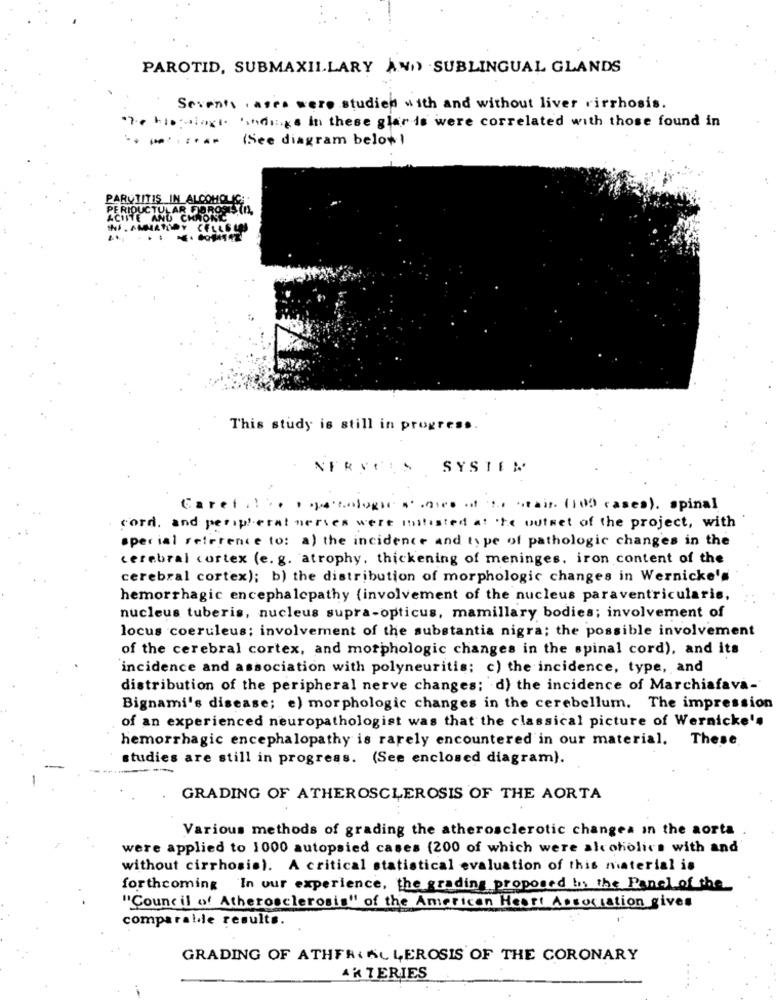
PAROTID, SUBMAXILLARY AND SUBLINGUAL GLANDS
Sevents , ases were studien with and without liver cirrhosis.
Te Kibiology Andings In these glar is were correlated with those found in
(See diagram below)
PARUTITIS IN ALCOHOLIC
PERIDUCTULAR FOROSSTA
ACIITE AND CHRONIC
This study is still in progress.
NERVTIS SYSTEM
Careti !·· · ontologie .. . . .. air (109 cases). spinal
cord. and peripheral nerves wert mitisted at the outset of the project, with
special reference to: a) the incidence and type of pathologic changes in the
cerebral cortex (e. g. atrophy, thickening of meninges, iron content of the
cerebral cortex); b) the distribution of morphologic changes in Wernicke's
hemorrhagic encephalopathy (involvement of the nucleus paraventricularis,
nucleus tuberis, nucleus supra-opticus, mamillary bodies; involvement of
locus coeruleus; involvement of the substantia nigra; the possible involvement
of the cerebral cortex, and morphologic changes in the spinal cord), and its
incidence and association with polyneuritis; c) the incidence, type, and
distribution of the peripheral nerve changes; d) the incidence of Marchiafava-
Bignami's disease; e) morphologic changes in the cerebellum. The impression
of an experienced neuropathologist was that the classical picture of Wernicke's
hemorrhagic encephalopathy is rarely encountered in our material. These
studies are still in progress. (See enclosed diagram).
GRADING OF ATHEROSCLEROSIS OF THE AORTA
Various methods of grading the atherosclerotic changes in the aorta
were applied to 1000 autopsied cases (200 of which were alcoholics with and
without cirrhosis). A critical statistical evaluation of this material is
forthcoming In our experience, the grading proposed by the Panel of the_
"Council of Atherosclerosis" of the American Heart Association gives
comparable results.
GRADING OF ATHFR& KCLEROSIS OF THE CORONARY
AR TERIES